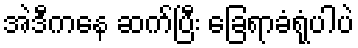
အဲဒီကနေ ဆက်ပြီး ခြေရာခံရုံပါပဲ